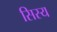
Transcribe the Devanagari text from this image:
सिस्य